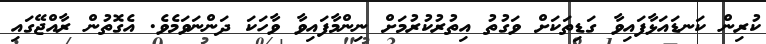
ކުރިން ކަނޑައަޅާފައިވާ ގަޑިތަކަށް ވަގުތު އިތުރުކުރުމަށް ނިންމާފައިވާ ވާހަކަ ދަންނަވަމެވެ. އެގޮތުން ރާއްޖޭގައި